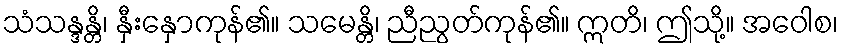
သံသန္ဒန္တိ၊ နှီးနှောကုန်၏။ သမေန္တိ၊ ညီညွတ်ကုန်၏။ ဣတိ၊ ဤသို့။ အဝေါစ၊